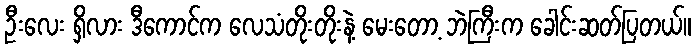
ဦးလေး ရှိလား ဒီကောင်က လေသံတိုးတိုးနဲ့ မေးတော့ ဘဲကြီးက ခေါင်းဆတ်ပြတယ်။